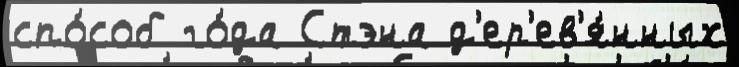
спо́соб го́да Стэна д'ер'ев'я́нных